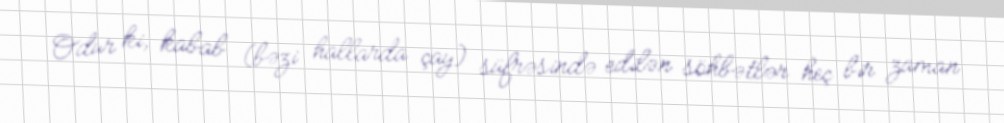
Odur ki, kabab (bəzi hallarda çay) süfrəsində edilən söhbətlər heç bir zaman